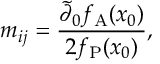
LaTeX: m _ { i j } = \frac { \tilde { \partial } _ { 0 } f _ { \mathrm { A } } ( x _ { 0 } ) } { 2 f _ { \mathrm { P } } ( x _ { 0 } ) } ,